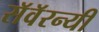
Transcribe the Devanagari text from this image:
सॅवॅरन्यी